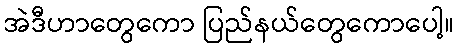
အဲဒီဟာတွေကော ပြည်နယ်တွေကောပေါ့။